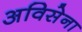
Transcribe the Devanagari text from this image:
अविसेना